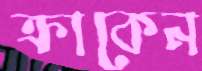
ক্রাকেন